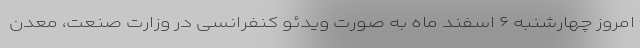
امروز چهارشنبه ۶ اسفند ماه به صورت ویدئو کنفرانسی در وزارت صنعت، معدن